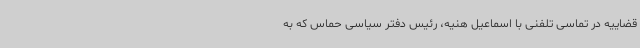
قضاییه در تماسی تلفنی با اسماعیل هنیه، رئیس دفتر سیاسی حماس که به